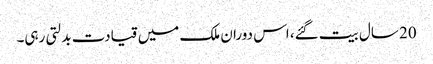
20 سال بیت گئے، اس دوران ملک میں قیادت بدلتی رہی۔